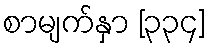
စာမျက်နှာ [၃၃၄]